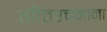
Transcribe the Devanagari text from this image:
गीतरचनांना